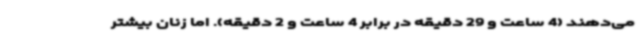
می‌دهند (4 ساعت و 29 دقیقه در برابر 4 ساعت و 2 دقیقه). اما زنان بیشتر